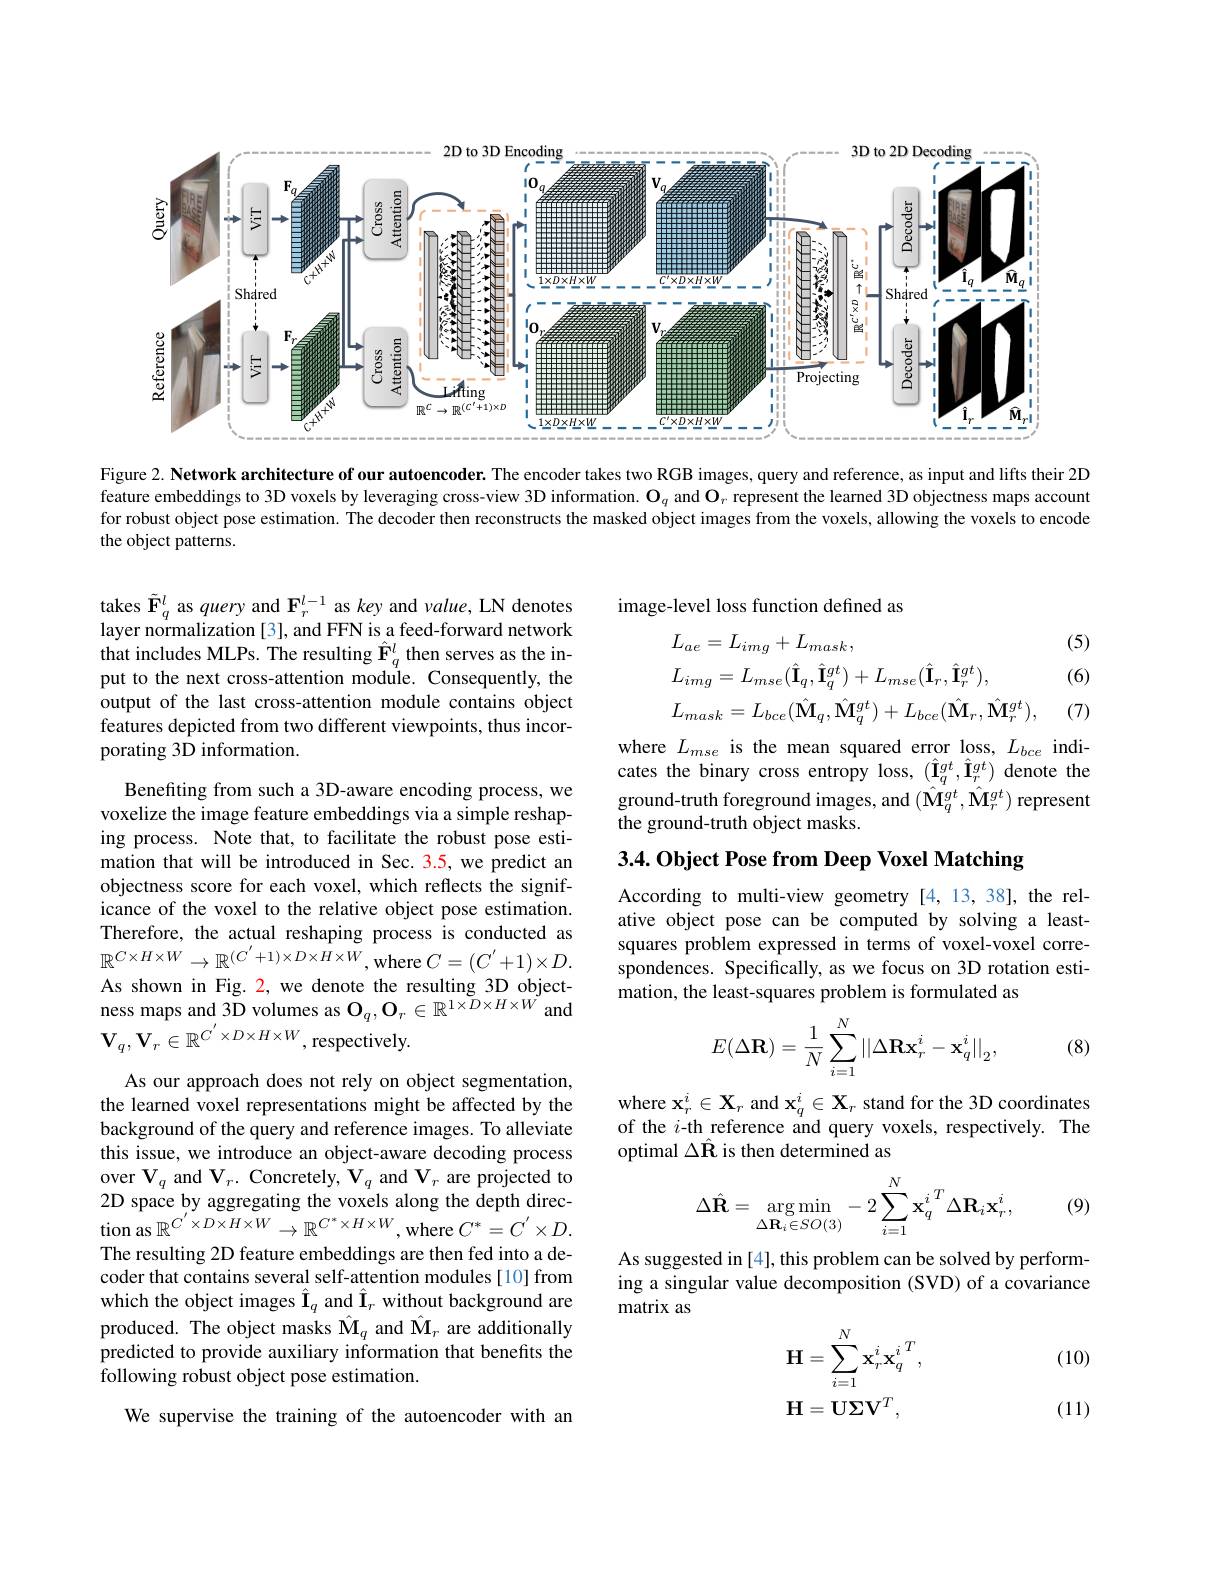
<FigureHere>

Figure 2. Network architecture of our autoencoder. The encoder takes two RGB images, query and reference, as input and lifts their 2D feature embeddings to 3D voxels by leveraging cross-view 3D information. $\mathbf{O}_q$ and $\mathbf{O}_r$ represent the learned 3D objectness maps account for robust object pose estimation. The decoder then reconstructs the masked object images from the voxels, allowing the voxels to encode the object patterns.

takes $\tilde{\mathbf{F}}_q^l$ as query and $\mathbf{F}_r^l-1$ as key and value, LN denotes layer normalization[3], and FFN is a feed-forward network that includes MLPs. The resulting $\hat{\mathbf{F}}_q^l$ then serves as the input to the next cross-attention moduile. Consequently, the output of the last cross-attention module contains object features depicted from two different viewpoints, thus incorporating 3D information.

Benefiting from such a 3D-aware encoding process, we voxelize the image feature embeddings via a simple reshaping process. Note that, to facilitate the robust pose estimation that will be introduced in Sec. 3.5, we predict an objectness score for each voxel, which reflects the significance of the voxel to the relative object pose estimation. Therefore, the actual reshaping process is conducted as $\mathbb{R}^{C\times H\times W}\to\mathbb{R}^{(C^{\prime}+1)\times D\times H\times W}$,where $C=(C^{\prime}+1)\times D.$ As shown in Fig. 2, we denote the resulting 3D objectness maps and 3D volumes as $\mathbf{O}_q,\mathbf{O}_r\in\mathbb{R}^{1\times D\times H\times W}$and $\mathbf{V}_{q},\mathbf{V}_{r}\in\mathbb{R}^{C^{\prime}\times D\times H\times W}$,respectively.

As our approach does not rely on object segmentation, the learned voxel representations might be affected by the background of the query and reference images. To alleviate this issue, we introduce an object-aware decoding process over $\mathbf{V}_q$ and $\mathbf{V}_r.$ Concretely, $\mathbf{V}_q$ and $\mathbf{V}_r$ are projected to 2D space by aggregating the voxels along the depth direction as $\mathbb{R}^{C^{\prime}\times D\times H\times W}\to\mathbb{R}^{C^{*}\times H\times W}$,where $C^*=C^{\prime}\times D.$ The resulting 2D feature embeddings are then fed into a decoder that contains several self-attention modules[10] from which the object images $\hat{\mathbf{I}}_q$ and $\hat{\mathbf{I}}_r$ without background are produced. The object masks $\hat{\mathbf{M}}_q$ and $\hat{\mathbf{M}}_r$ are additionally predicted to provide auxiliary information that benefits the following robust object pose estimation.

We supervise the training of the autoencoder with an

image-level loss function defined as

(5)
$$\begin{aligned}&L_{ae}=L_{img}+L_{mask},\\&L_{img}=L_{mse}(\hat{\mathbf{I}}_{q},\hat{\mathbf{I}}_{q}^{gt})+L_{mse}(\hat{\mathbf{I}}_{r},\hat{\mathbf{I}}_{r}^{gt}),\\&L_{mask}=L_{bce}(\hat{\mathbf{M}}_{q},\hat{\mathbf{M}}_{q}^{gt})+L_{bce}(\hat{\mathbf{M}}_{r},\hat{\mathbf{M}}_{r}^{gt}),\end{aligned}$$
(6)

(7)

where $L_{mse}$ is the mean squared error loss, $L_bce$ indicates the binary cross entropy loss, $(\hat{\mathbf{I}}_q^{gt},\hat{\mathbf{I}}_r^{gt})$ denote the ground-truth foreground images, and $(\hat{\mathbf{M}}_{q}^{gt},\hat{\mathbf{M}}_{r}^{gt})$ represent the ground-truth object masks.

3.4. Object Pose from Deep Voxel Matching

According to multi-view geometry [4,13,38], the relative object pose can be computed by solving a leastsquares problem expressed in terms of voxel-voxel correspondences. Specifically, as we focus on 3D rotation estimation, the least-squares problem is formulated as
$$E(\Delta\mathbf{R})=\frac{1}{N}\sum_{i=1}^{N}||\Delta\mathbf{R}\mathbf{x}_{r}^{i}-\mathbf{x}_{q}^{i}||_{2},$$
(8)

where $\mathbf{x}_r^i\in\mathbf{X}_r$ and $\mathbf{x}_q^i\in\mathbf{X}_r$ stand for the 3D coordinates of the $i$-th reference and query voxels, respectively. The optimal $\Delta\hat{\mathbf{R}}$ is then determined as
$$\Delta\hat{\mathbf{R}}=\underset{\Delta\mathbf{R}_i\in SO(3)}{\arg\min}-2\sum_{i=1}^N\mathbf{x}_q^i{}^T\Delta\mathbf{R}_i\mathbf{x}_r^i,$$
(9)

As suggested in [4], this problem can be solved by performing a singular value decomposition (SVD) of a covariance matrix as

(10)
$$\begin{aligned}\mathbf{H}&=\sum_{i=1}^{N}\mathbf{x}_{r}^{i}\mathbf{x}_{q}^{i}{}^{T},\\\mathbf{H}&=\mathbf{U}\mathbf{\Sigma}\mathbf{V}^{T},\end{aligned}$$
(11)